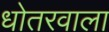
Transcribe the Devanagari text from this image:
धोतरवाला